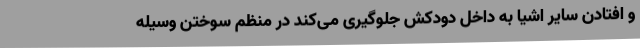
و افتادن سایر اشیا به داخل دودکش جلوگیری می‌کند در منظم سوختن وسیله